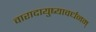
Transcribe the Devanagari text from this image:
वारादायुष्यावर्धनम्